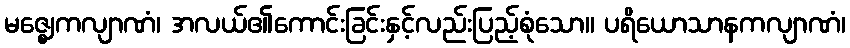
မဇ္ဈေကလျာဏံ၊ အလယ်၏ကောင်းခြင်းနှင့်လည်းပြည့်စုံသော။ ပရိယောသာနကလျာဏံ၊